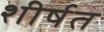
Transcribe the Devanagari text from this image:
शीर्षत